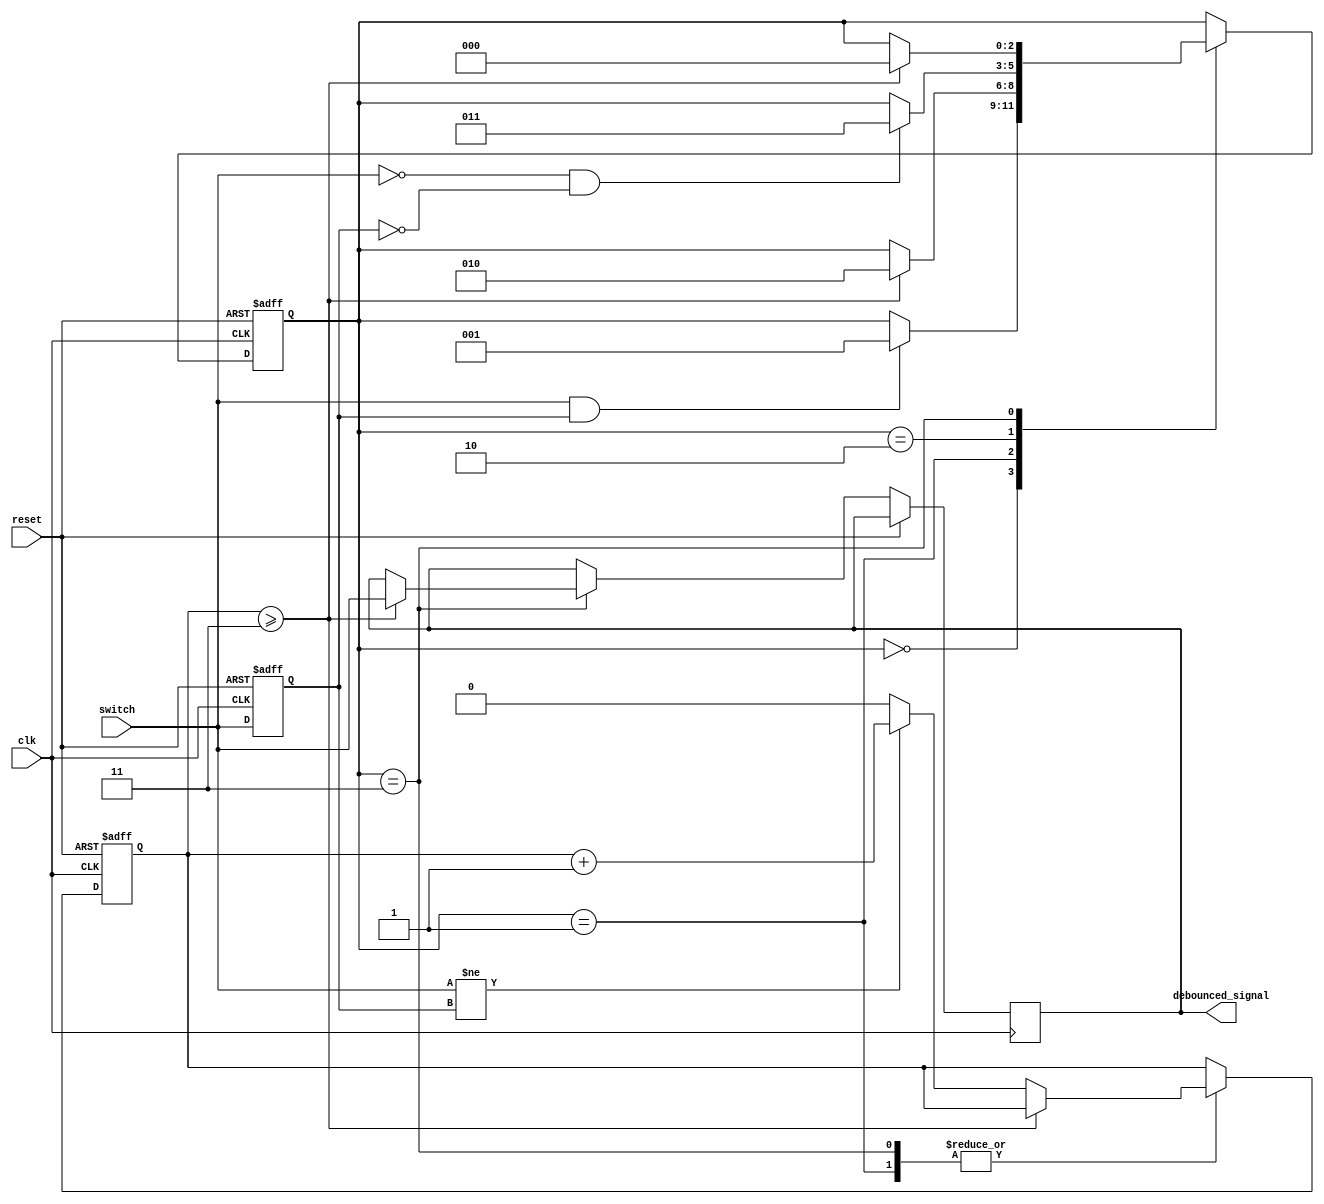
module debounce(
    input clk,
    input reset,
    input switch,
    output reg debounced_signal
);

reg [2:0] state;
reg previous_sample;
reg stable_count;

parameter STABLE_THRESHOLD = 3;

always @(posedge clk or posedge reset) begin
    if (reset) begin
        state <= 3'b000;
        previous_sample <= 1'b0;
        stable_count <= 0;
    end else begin
        case (state)
            3'b000: begin // State to detect falling edge
                if (switch == 1 && previous_sample == 1'b1) begin
                    state <= 3'b001;
                end
            end
            3'b001: begin // State to wait for stable samples after falling edge
                if (stable_count >= STABLE_THRESHOLD) begin
                    state <= 3'b010;
                end else begin
                    if (switch != previous_sample) begin
                        stable_count <= stable_count + 1;
                    end else begin
                        stable_count <= 0;
                    end
                end
            end
            3'b010: begin // State to detect rising edge
                if (switch == 0 && previous_sample == 0) begin
                    state <= 3'b011;
                end
            end
            3'b011: begin // State to wait for stable samples after rising edge
                if (stable_count >= STABLE_THRESHOLD) begin
                    state <= 3'b000;
                    debounced_signal <= switch;
                end else begin
                    if (switch != previous_sample) begin
                        stable_count <= stable_count + 1;
                    end else begin
                        stable_count <= 0;
                    end
                end
            end
        endcase
        previous_sample <= switch;
    end
end

endmodule